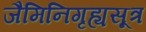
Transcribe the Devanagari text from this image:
जैमिनिगृह्यसूत्र